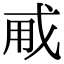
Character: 𢦨